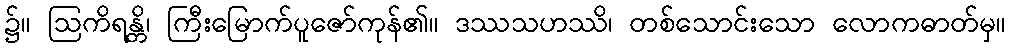
၌။ ဩကိရန္တိ၊ ကြီးမြောက်ပူဇော်ကုန်၏။ ဒဿသဟဿိ၊ တစ်သောင်းသော လောကဓာတ်မှ။